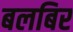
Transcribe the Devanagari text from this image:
बलबिर